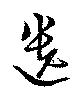
遺